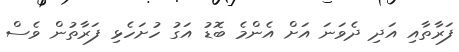
ފަރާތާއި އަދި ދެވަނަ އަށް އެންމެ ބޮޑު އަގު ހުށަހެޅި ފަރާތުން ވެސް